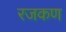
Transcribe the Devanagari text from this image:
रजकण